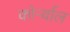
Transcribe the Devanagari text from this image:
कोर्न्वाल